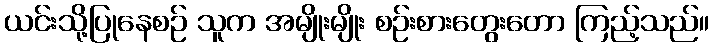
ယင်းသို့ပြုနေစဉ် သူက အမျိုးမျိုး စဉ်းစားတွေးတော ကြည့်သည်။